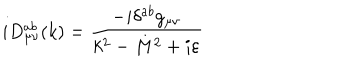
i D _ { \mu \nu } ^ { a b } ( k ) = \frac { - i \delta ^ { a b } g _ { \mu \nu } } { k ^ { 2 } - M ^ { 2 } + i \varepsilon }